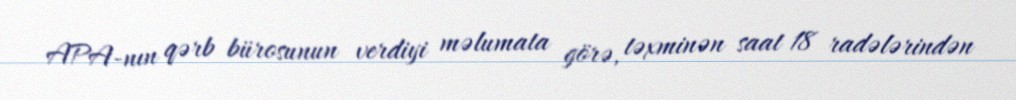
APA-nın qərb bürosunun verdiyi məlumata görə, təxminən saat 18 radələrindən